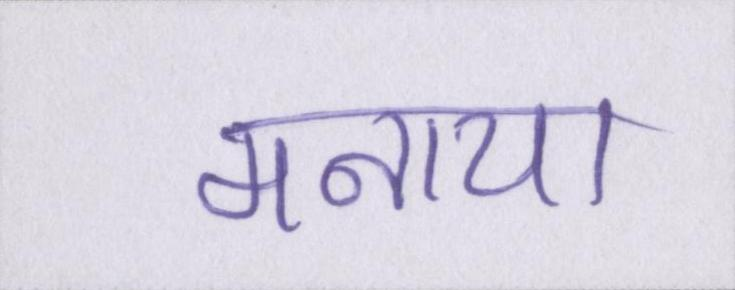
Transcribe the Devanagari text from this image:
मनाया